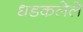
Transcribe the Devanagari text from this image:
धडकलेले